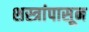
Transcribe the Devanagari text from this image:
शस्त्रांपासून